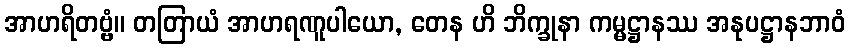
အာဟရိတဗ္ဗံ။ တတြာယံ အာဟရဏူပါယော, တေန ဟိ ဘိက္ခုနာ ကမ္မဋ္ဌာနဿ အနုပဋ္ဌာနဘာဝံ